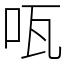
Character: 咓